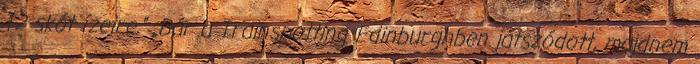
T2 skót ízeire.” „Bár a Trainspotting Edinburghben játszódott, majdnem